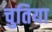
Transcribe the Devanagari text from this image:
चुतिया